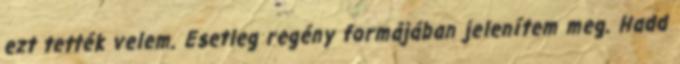
ezt tették velem. Esetleg regény formájában jelenítem meg. Hadd